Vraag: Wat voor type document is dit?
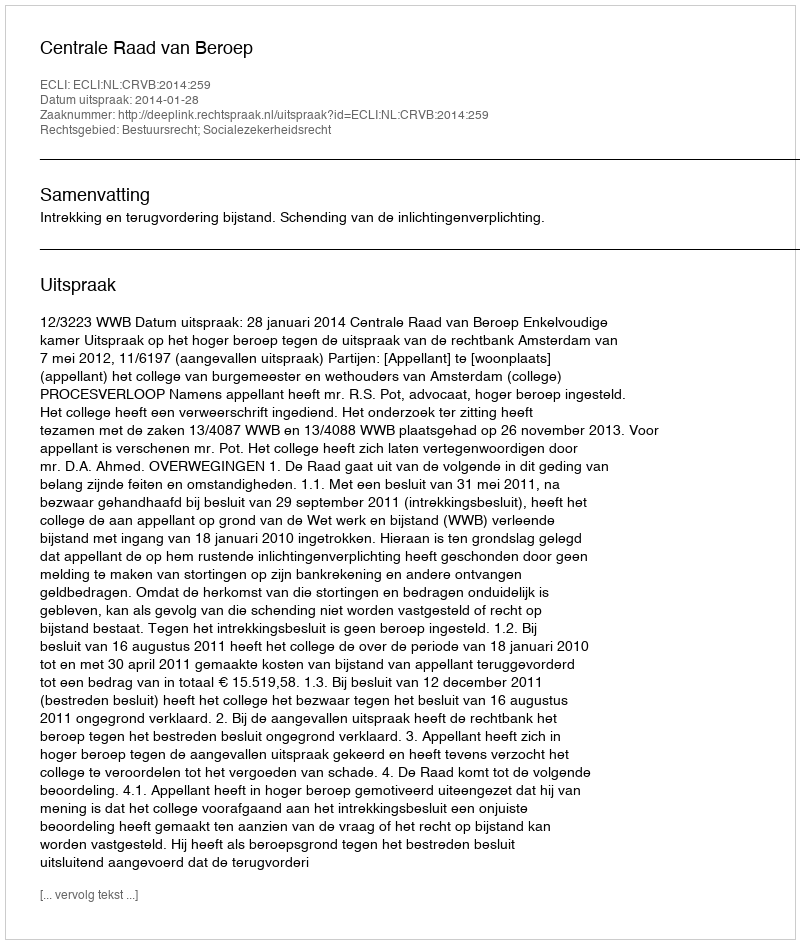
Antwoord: Uitspraak